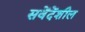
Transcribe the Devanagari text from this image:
सवेंदेंशील